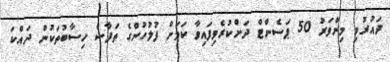
ދައުރުވި މިންވަރު 50 ޕަސެންޓް ދަށްކުރެވިފައިވާ ކަމަށް ފުލުހުންގެ ތަފާސް ހިސާބުތަކުން ދައްކަ